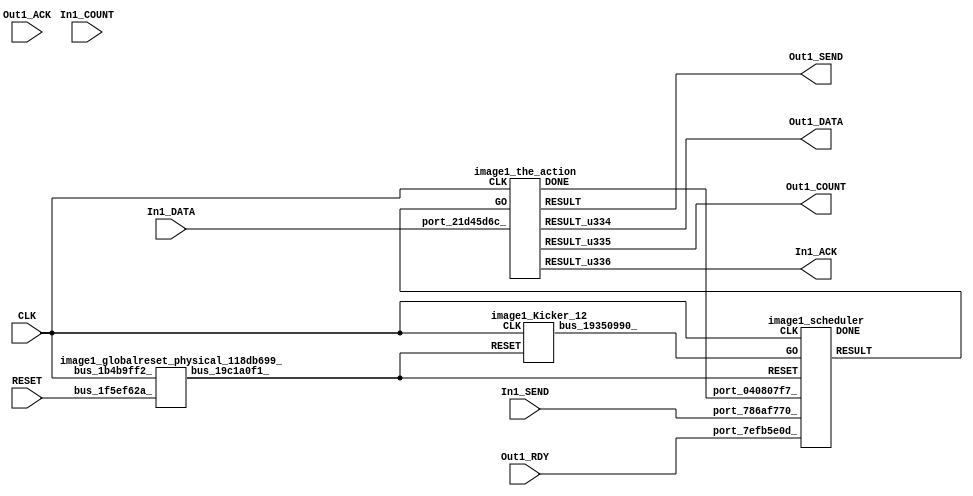
// __  ___ __ ___  _ __   ___  ___ 
// \ \/ / '__/ _ \| '_ \ / _ \/ __|
//  >  <| | | (_) | | | | (_) \__ \
// /_/\_\_|  \___/|_| |_|\___/|___/
// 
// Xronos synthesizer version
// Run date: Sat 15 Jul 2017 13:06:19 +0100
// 

module image1(In1_DATA, In1_COUNT, In1_ACK, Out1_ACK, Out1_SEND, In1_SEND, Out1_DATA, RESET, Out1_COUNT, CLK, Out1_RDY);
input	[7:0]	In1_DATA;
input	[15:0]	In1_COUNT;
output		In1_ACK;
input		Out1_ACK;
output		Out1_SEND;
input		In1_SEND;
output	[7:0]	Out1_DATA;
wire		the_action_go;
input		RESET;
output	[15:0]	Out1_COUNT;
input		CLK;
wire		the_action_done;
input		Out1_RDY;
wire		the_action;
wire	[7:0]	the_action_u18;
wire	[15:0]	the_action_u19;
wire		the_action_u20;
wire		image1_the_action_instance_DONE;
wire		bus_19350990_;
wire		bus_19c1a0f1_;
wire		scheduler;
wire		image1_scheduler_instance_DONE;
wire		bus_3d118f34_;
assign In1_ACK=the_action_u20;
assign Out1_SEND=the_action;
assign Out1_DATA=the_action_u18;
assign the_action_go=scheduler;
assign Out1_COUNT=the_action_u19;
assign the_action_done=bus_3d118f34_;
image1_the_action image1_the_action_instance(.CLK(CLK), .GO(the_action_go), .port_21d45d6c_(In1_DATA), 
  .DONE(image1_the_action_instance_DONE), .RESULT(the_action), .RESULT_u334(the_action_u18), 
  .RESULT_u335(the_action_u19), .RESULT_u336(the_action_u20));
image1_Kicker_12 image1_Kicker_12_1(.CLK(CLK), .RESET(bus_19c1a0f1_), .bus_19350990_(bus_19350990_));
image1_globalreset_physical_118db699_ image1_globalreset_physical_118db699__1(.bus_1b4b9ff2_(CLK), 
  .bus_1f5ef62a_(RESET), .bus_19c1a0f1_(bus_19c1a0f1_));
image1_scheduler image1_scheduler_instance(.CLK(CLK), .RESET(bus_19c1a0f1_), .GO(bus_19350990_), 
  .port_786af770_(In1_SEND), .port_040807f7_(the_action_done), .port_7efb5e0d_(Out1_RDY), 
  .DONE(image1_scheduler_instance_DONE), .RESULT(scheduler));
assign bus_3d118f34_=image1_the_action_instance_DONE&{1{image1_the_action_instance_DONE}};
endmodule



module image1_the_action(CLK, GO, port_21d45d6c_, DONE, RESULT, RESULT_u334, RESULT_u335, RESULT_u336);
input		CLK;
input		GO;
input	[7:0]	port_21d45d6c_;
output		DONE;
output		RESULT;
output	[7:0]	RESULT_u334;
output	[15:0]	RESULT_u335;
output		RESULT_u336;
wire		simplePinWrite;
wire		simplePinWrite_u91;
wire	[7:0]	simplePinWrite_u92;
wire	[15:0]	simplePinWrite_u93;
assign simplePinWrite=GO&{1{GO}};
assign simplePinWrite_u91=GO&{1{GO}};
assign simplePinWrite_u92=port_21d45d6c_;
assign simplePinWrite_u93=16'h1&{16{1'h1}};
assign DONE=GO;
assign RESULT=simplePinWrite_u91;
assign RESULT_u334=simplePinWrite_u92;
assign RESULT_u335=simplePinWrite_u93;
assign RESULT_u336=simplePinWrite;
endmodule



module image1_Kicker_12(CLK, RESET, bus_19350990_);
input		CLK;
input		RESET;
output		bus_19350990_;
wire		bus_7d44a737_;
wire		bus_3731f30c_;
wire		bus_6944e98b_;
reg		kicker_2=1'h0;
reg		kicker_1=1'h0;
wire		bus_03297010_;
reg		kicker_res=1'h0;
assign bus_7d44a737_=kicker_1&bus_3731f30c_&bus_6944e98b_;
assign bus_3731f30c_=~RESET;
assign bus_6944e98b_=~kicker_2;
assign bus_19350990_=kicker_res;
always @(posedge CLK)
begin
kicker_2<=bus_03297010_;
end
always @(posedge CLK)
begin
kicker_1<=bus_3731f30c_;
end
assign bus_03297010_=bus_3731f30c_&kicker_1;
always @(posedge CLK)
begin
kicker_res<=bus_7d44a737_;
end
endmodule



module image1_globalreset_physical_118db699_(bus_1b4b9ff2_, bus_1f5ef62a_, bus_19c1a0f1_);
input		bus_1b4b9ff2_;
input		bus_1f5ef62a_;
output		bus_19c1a0f1_;
wire		not_5fd19191_u0;
reg		glitch_u12=1'h0;
reg		cross_u12=1'h0;
reg		sample_u12=1'h0;
wire		or_58182ce0_u0;
wire		and_774e51c7_u0;
reg		final_u12=1'h1;
assign not_5fd19191_u0=~and_774e51c7_u0;
always @(posedge bus_1b4b9ff2_)
begin
glitch_u12<=cross_u12;
end
always @(posedge bus_1b4b9ff2_)
begin
cross_u12<=sample_u12;
end
always @(posedge bus_1b4b9ff2_)
begin
sample_u12<=1'h1;
end
assign or_58182ce0_u0=bus_1f5ef62a_|final_u12;
assign and_774e51c7_u0=cross_u12&glitch_u12;
always @(posedge bus_1b4b9ff2_)
begin
final_u12<=not_5fd19191_u0;
end
assign bus_19c1a0f1_=or_58182ce0_u0;
endmodule



module image1_scheduler(CLK, RESET, GO, port_786af770_, port_040807f7_, port_7efb5e0d_, DONE, RESULT);
input		CLK;
input		RESET;
input		GO;
input		port_786af770_;
input		port_040807f7_;
input		port_7efb5e0d_;
output		DONE;
output		RESULT;
wire		and_u1472_u0;
wire		and_u1473_u0;
wire		and_u1474_u0;
wire		not_u344_u0;
wire		and_u1475_u0;
wire		and_u1476_u0;
wire		not_u345_u0;
wire		simplePinWrite;
wire		and_u1477_u0;
wire		and_u1478_u0;
wire		or_u209_u0;
reg		loopControl_u8=1'h0;
assign and_u1472_u0=or_u209_u0&or_u209_u0;
assign and_u1473_u0=and_u1472_u0&port_786af770_;
assign and_u1474_u0=and_u1472_u0&not_u344_u0;
assign not_u344_u0=~port_786af770_;
assign and_u1475_u0=and_u1478_u0&port_7efb5e0d_;
assign and_u1476_u0=and_u1478_u0&not_u345_u0;
assign not_u345_u0=~port_7efb5e0d_;
assign simplePinWrite=and_u1477_u0&{1{and_u1477_u0}};
assign and_u1477_u0=and_u1475_u0&and_u1478_u0;
assign and_u1478_u0=and_u1473_u0&and_u1472_u0;
assign or_u209_u0=GO|loopControl_u8;
always @(posedge CLK or posedge RESET)
begin
if (RESET)
loopControl_u8<=1'h0;
else loopControl_u8<=and_u1472_u0;
end
assign DONE=1'h0;
assign RESULT=simplePinWrite;
endmodule